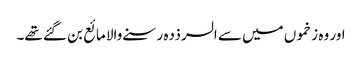
اور وہ زخموں میں سے السرذدہ رسنے والا مائع بن گئے تھے۔